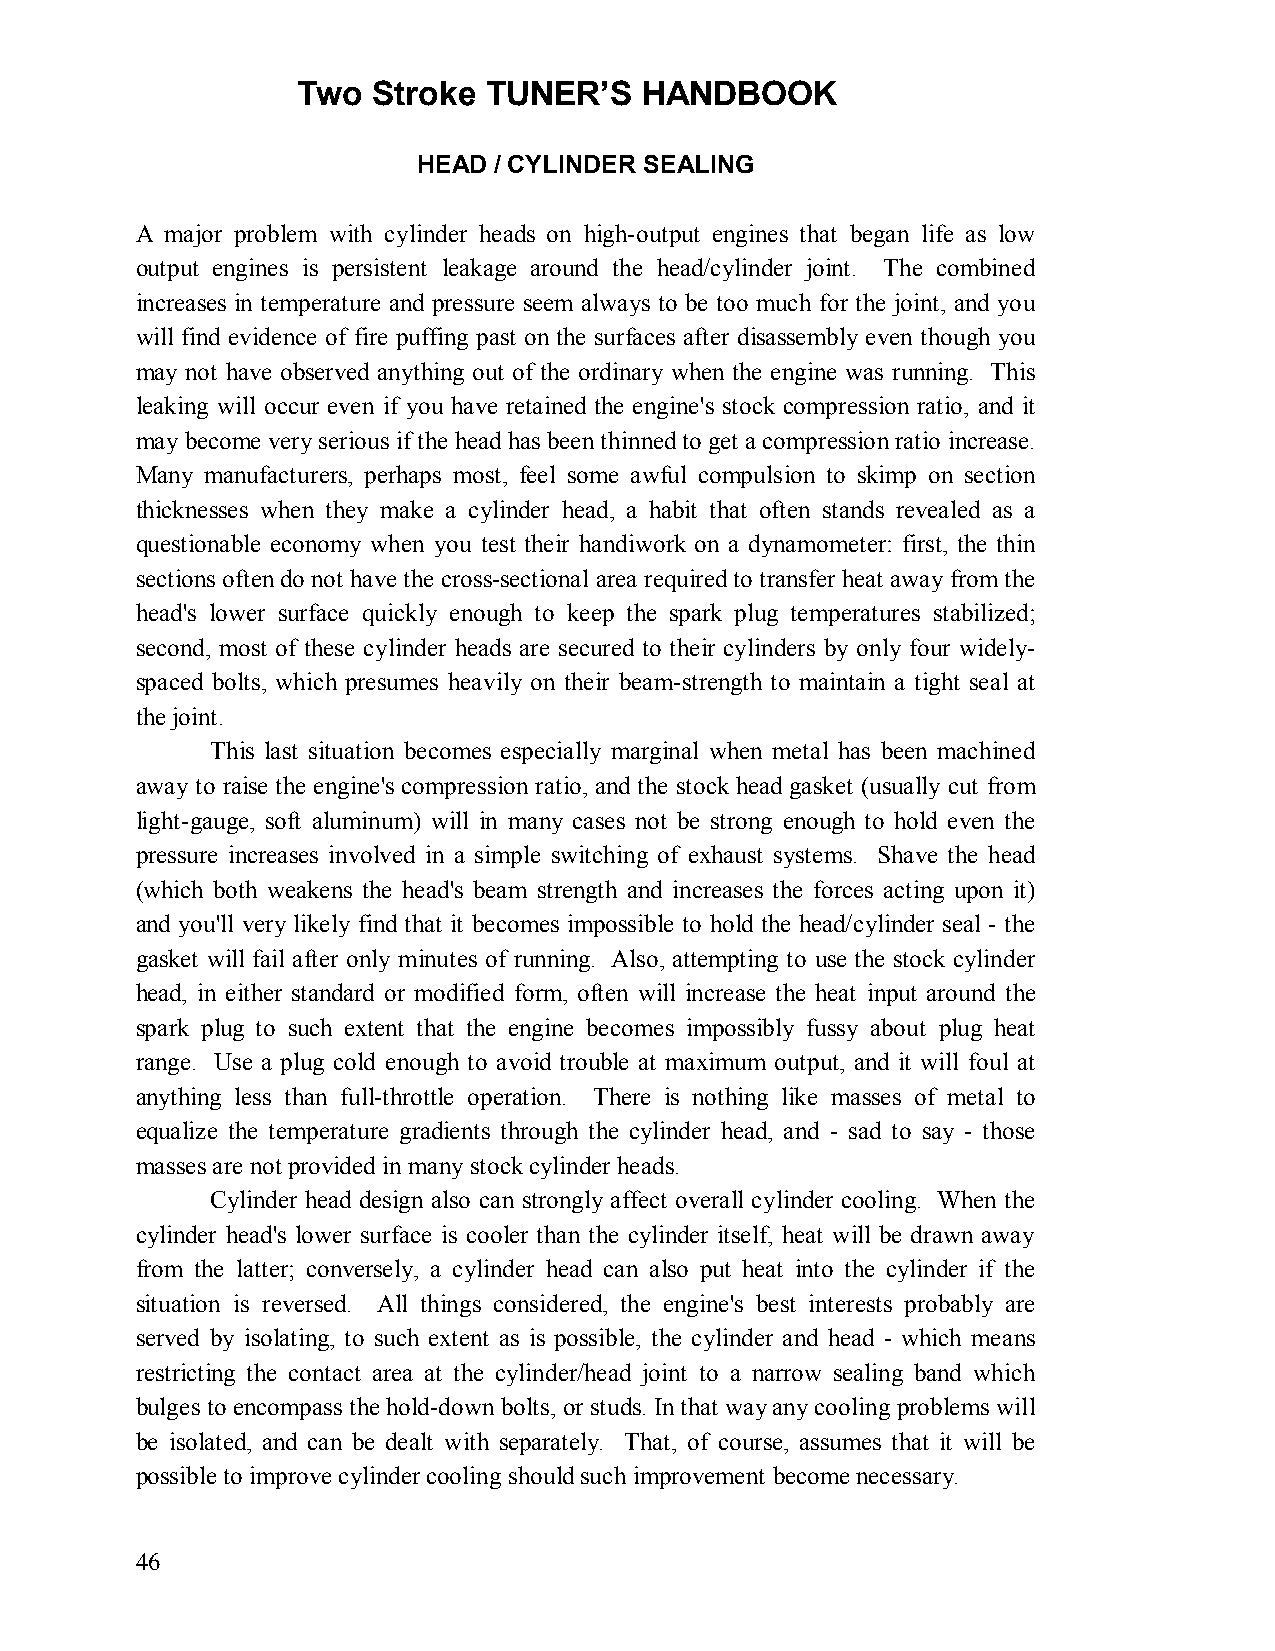
Two  Stroke TUNER’S   HANDBOOK
 HEAD / CYLINDER SEALING
 A major problem with cylinder heads on high-output engines that began life as low
 output engines is persistent leakage around the head/cylinder joint. The combined
 increases in temperature and pressure seem always to be too much for the joint, and you
 will find evidence of fire puffing past on the surfaces after disassembly even though you
 may not have observed anything out of the ordinary when the engine was running. This
 leaking will occur even if you have retained the engine's stock compression ratio, and it
 may become very serious if the head has been thinned to get a compression ratio increase.
 Many manufacturers, perhaps most, feel some awful compulsion to skimp on section
 thicknesses when they make a cylinder head, a habit that often stands revealed as a
 questionable economy when you test their handiwork on a dynamometer: first, the thin
 sections often do not have the cross-sectional area required to transfer heat away from the
 head's lower surface quickly enough to keep the spark plug temperatures stabilized;
 second, most of these cylinder heads are secured to their cylinders by only four widely-
 spaced bolts, which presumes heavily on their beam-strength to maintain a tight seal at
 the joint.
 This last situation becomes especially marginal when metal has been machined
 away to raise the engine's compression ratio, and the stock head gasket (usually cut from
 light-gauge, soft aluminum) will in many cases not be strong enough to hold even the
 pressure increases involved in a simple switching of exhaust systems. Shave the head
 (which both weakens the head's beam strength and increases the forces acting upon it)
 and you'll very likely find that it becomes impossible to hold the head/cylinder seal - the
 gasket will fail after only minutes of running. Also, attempting to use the stock cylinder
 head, in either standard or modified form, often will increase the heat input around the
 spark plug to such extent that the engine becomes impossibly fussy about plug heat
 range. Use a plug cold enough to avoid trouble at maximum output, and it will foul at
 anything less than full-throttle operation. There is nothing like masses of metal to
 equalize the temperature gradients through the cylinder head, and - sad to say - those
 masses are not provided in many stock cylinder heads.
 Cylinder head design also can strongly affect overall cylinder cooling. When the
 cylinder head's lower surface is cooler than the cylinder itself, heat will be drawn away
 from the latter; conversely, a cylinder head can also put heat into the cylinder if the
 situation is reversed. All things considered, the engine's best interests probably are
 served by isolating, to such extent as is possible, the cylinder and head - which means
 restricting the contact area at the cylinder/head joint to a narrow sealing band which
 bulges to encompass the hold-down bolts, or studs. In that way any cooling problems will
 be isolated, and can be dealt with separately. That, of course, assumes that it will be
 possible to improve cylinder cooling should such improvement become necessary.
 46